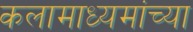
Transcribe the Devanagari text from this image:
कलामाध्यमांच्या